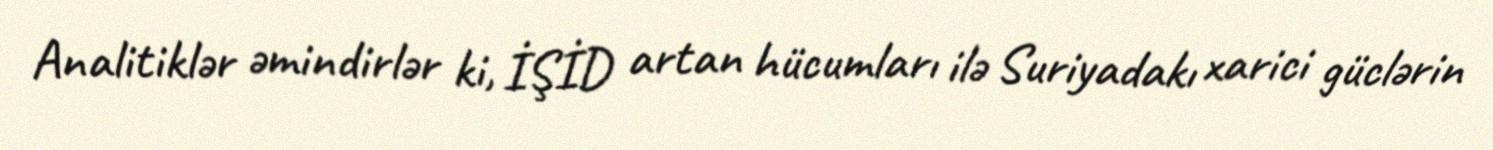
Analitiklər əmindirlər ki, İŞİD artan hücumları ilə Suriyadakı xarici güclərin